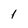
Character: 1